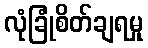
လုံခြုံစိတ်ချရမှု